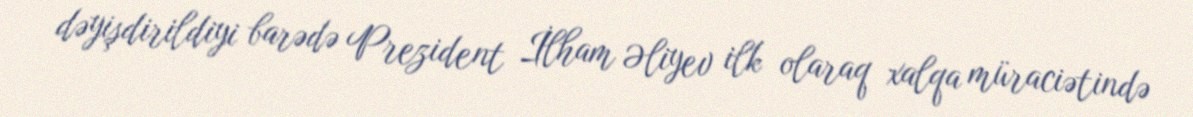
dəyişdirildiyi barədə Prezident İlham Əliyev ilk olaraq xalqa müraciətində